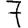
Digit: 7